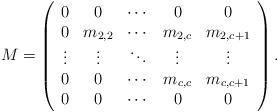
LaTeX: \begin{align*}M&=\left(\begin{array}{ccccc}0 & 0& \cdots&0&0 \\0 & m_{2,2} &\cdots&m_{2,c}&m_{2,c+1} \\\vdots & \vdots & \ddots &\vdots&\vdots\\0&0&\cdots&m_{c,c}&m_{c,c+1}\\0&0&\cdots&0&0\end{array}\right).\end{align*}